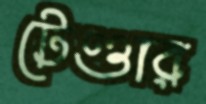
টেণ্ডার